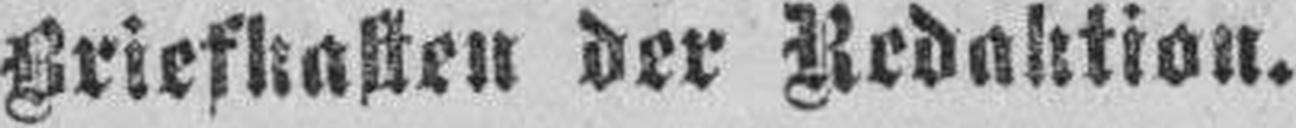
Briefkasten der Redaktion.